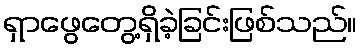
ရှာဖွေတွေ့ရှိခဲ့ခြင်းဖြစ်သည်။